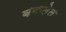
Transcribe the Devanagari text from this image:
बकलेल